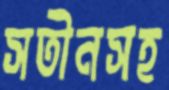
সতীনসহ